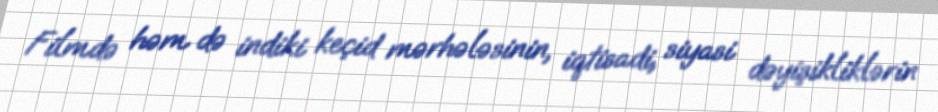
Filmdə həm də indiki keçid mərhələsinin, iqtisadi, siyasi dəyişikliklərin